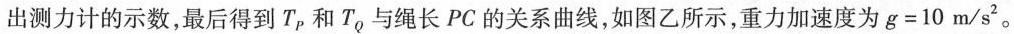
出测力计的示数，最后得到T_{P}和T_{Q}。与绳长PC的关系曲线，如图乙所示，重力加速度为$$g = 1 0 m / s ^ { 2 }$$。